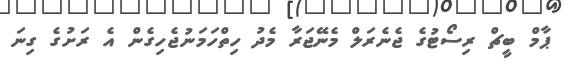
ޕާމް ބީޗް ރިސޯޓުގެ ޖެނެރަލް މެނޭޖަރާ މެދު ހިތްހަމަނުޖެހިގެން އެ ރަށުގެ ގިނަ